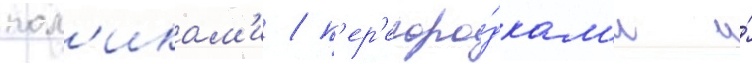
пол'икам'и / п'ер'егоро́дкам'и и́